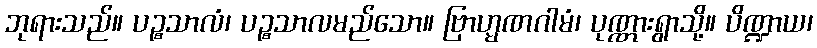
ဘုရားသည်။ ပဉ္စသာလံ၊ ပဉ္စသာလမည်သော။ ဗြာဟ္မဏဂါမံ၊ ပုဏ္ဏားရွာသို့။ ပိဏ္ဍာယ၊